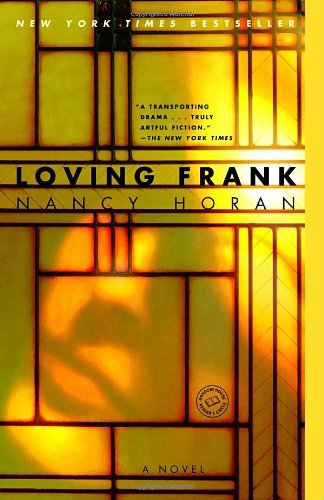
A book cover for Loving Frank: A Novel; Nancy Horan; Literature & Fiction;